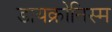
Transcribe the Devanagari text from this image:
डायक्रोनिस्म